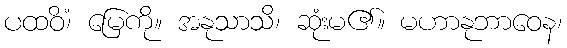
ပထဝိံ၊ မြေကို။ အနုသာသိ၊ ဆုံးမ၏။ မဟာနုဘာဝေန၊